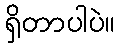
ရှိတာပါပဲ။